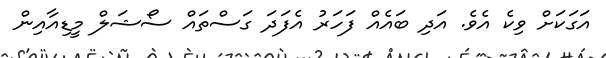
އަގަކަށް ވިކެ އެވެ. އަދި ބައެއް ފަހަރު އެފަދަ ގަސްތައް ސޯޝަލް މީޑިއާއިން